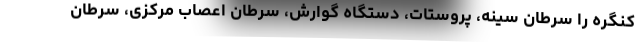
کنگره را سرطان سینه، پروستات، دستگاه گوارش، سرطان اعصاب مرکزی، سرطان